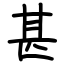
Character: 甚